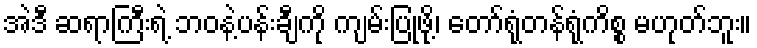
အဲဒီ ဆရာကြီးရဲ့ ဘဝနဲ့ပန်းချီကို ကျမ်းပြုဖို့၊ တော်ရုံတန်ရုံကိစ္စ မဟုတ်ဘူး။